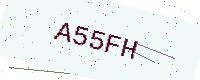
Text: A55FH